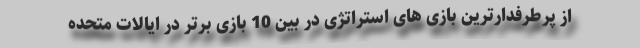
از پرطرفدارترین بازی های استراتژی در بین 10 بازی برتر در ایالات متحده